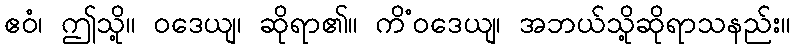
ဧဝံ၊ ဤသို့။ ဝဒေယျ၊ ဆိုရာ၏။ ကိံဝဒေယျ၊ အဘယ်သို့ဆိုရာသနည်း။